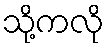
သို့ကလို